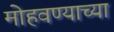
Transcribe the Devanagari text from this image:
मोहवण्याच्या